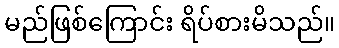
မည်ဖြစ်ကြောင်း ရိပ်စားမိသည်။